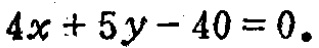
\(4x + 5y - 40 = 0\)